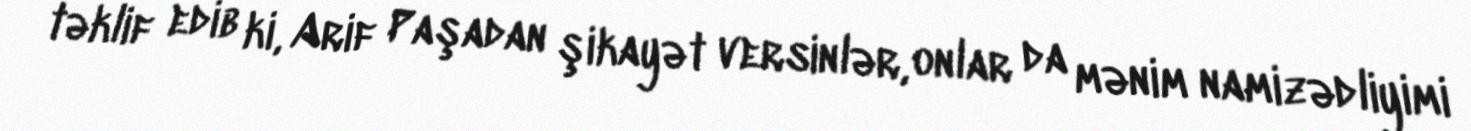
təklif edib ki, Arif Paşadan şikayət versinlər, onlar da mənim namizədliyimi